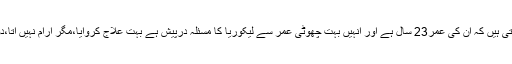
مہوش مغل،آزاد کشمیر سے لکھتی ہیں کہ اُن کی عمر23 سال ہے اور انہیں بہت چھوٹی عمر سے لیکوریا کا مسئلہ درپیش ہے بہت علاج کروایا،مگر آرام نہیں آتا،دوسرا مسئلہ ان کو خارش کا ہے۔